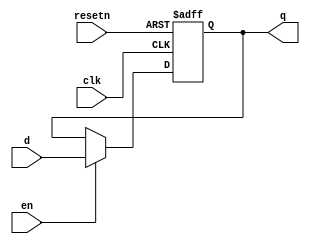
/****************************************************************************
          Generic Register
****************************************************************************/
module register(d,clk,resetn,en,q);
parameter WIDTH=32;

input clk;
input resetn;
input en;
input [WIDTH-1:0] d;
output [WIDTH-1:0] q;
reg [WIDTH-1:0] q;

always @(posedge clk or negedge resetn)		//asynchronous reset
begin
	if (resetn==0)
		q<=0;
	else if (en==1)
		q<=d;
end

endmodule

/****************************************************************************
          Generic Register - synchronous reset
****************************************************************************/
module register_sync(d,clk,resetn,en,q);
parameter WIDTH=32;

input clk;
input resetn;
input en;
input [WIDTH-1:0] d;
output [WIDTH-1:0] q;
reg [WIDTH-1:0] q;

always @(posedge clk)		//synchronous reset
begin
	if (resetn==0)
		q<=0;
	else if (en==1)
		q<=d;
end

endmodule

/****************************************************************************
          Generic Pipelined Register

          - Special component, components starting with "pipereg" have
          their enables treated independently of instructrions that use them.
          - They are enabled whenever the stage is active and not stalled
****************************************************************************/
module pipereg(d,clk,resetn,en,squashn,q);
parameter WIDTH=32;

input clk;
input resetn;
input en;
input squashn;
input [WIDTH-1:0] d;
output [WIDTH-1:0] q;
reg [WIDTH-1:0] q;

always @(posedge clk)   //synchronous reset
begin
  if (resetn==0 || squashn==0)
    q<=0;
  else if (en==1)
    q<=d;
end

endmodule

/****************************************************************************
          Generic Pipelined Register 2 -OLD: If not enabled, queues squash

          - This piperegister stalls the reset signal as well
module pipereg_full(d,clk,resetn,squashn,en,q);
parameter WIDTH=32;

input clk;
input resetn;
input en;
input squashn;
input [WIDTH-1:0] d;
output [WIDTH-1:0] q;
reg [WIDTH-1:0] q;
reg squash_save;

  always @(posedge clk)   //synchronous reset
  begin
    if (resetn==0 || (squashn==0 && en==1) || (squash_save&en))
      q<=0;
    else if (en==1)
      q<=d;
  end

  always @(posedge clk)
  begin
    if (resetn==1 && squashn==0 && en==0)
      squash_save<=1;
    else
      squash_save<=0;
  end
endmodule
****************************************************************************/

/****************************************************************************
          One cycle Stall circuit
****************************************************************************/
module onecyclestall(request,clk,resetn,stalled);
input request;
input clk;
input resetn;
output stalled;

  reg T,Tnext;

  // State machine for Stalling 1 cycle
  always@(request or T)
  begin
    case(T) 
      1'b0: Tnext=request;
      1'b1: Tnext=0;
    endcase 
  end       
  always@(posedge clk)
    if (~resetn)
      T<=0; 
    else    
      T<=Tnext;
  assign stalled=(request&~T);
endmodule

/****************************************************************************
          Multi cycle Stall circuit - with wait signal

          - One FF plus one 2:1 mux to stall 1st cycle on request, then wait
          - this makes wait don't care for the first cycle
****************************************************************************/
module multicyclestall(request, devwait,clk,resetn,stalled);
input request;
input devwait;
input clk;
input resetn;
output stalled;

  reg T;

  always@(posedge clk)
    if (~resetn)
      T<=0;
    else
      T<=stalled;

  assign stalled=(T) ? devwait : request;
endmodule
                
/****************************************************************************
          One cycle - Pipeline delay register
****************************************************************************/
module pipedelayreg(d,en,clk,resetn,squashn,dst,stalled,q);
parameter WIDTH=32;
input [WIDTH-1:0] d;
input [4:0] dst;
input en;
input clk;
input resetn;
input squashn;
output stalled;
output [WIDTH-1:0] q;

  reg [WIDTH-1:0] q;
  reg T,Tnext;

  // State machine for Stalling 1 cycle
  always@(en or T or dst)
  begin
    case(T) 
      0: Tnext=en&(|dst);
      1: Tnext=0;
    endcase 
  end       
  always@(posedge clk)
    if (~resetn)
      T<=0; 
    else    
      T<=Tnext;

  always @(posedge clk)   //synchronous reset
  begin
    if (resetn==0 || squashn==0)
      q<=0;
    else if (en==1)
      q<=d;
  end

  assign stalled=(en&~T&(|dst));
endmodule

/****************************************************************************
          Fake Delay
****************************************************************************/
module fakedelay(d,clk,q);
parameter WIDTH=32;
input [WIDTH-1:0] d;
input clk;
output [WIDTH-1:0] q;

assign q=d;

endmodule

/****************************************************************************
          Zeroer
****************************************************************************/
module zeroer(d,en,q);
parameter WIDTH=32;

input en;
input [WIDTH-1:0] d;
output [WIDTH-1:0] q;
assign q= (en) ? d : 0;

endmodule

/****************************************************************************
          NOP - used to hack position of multiplexors
****************************************************************************/
module nop(d,q);
parameter WIDTH=32;

input [WIDTH-1:0] d;
output [WIDTH-1:0] q;

  assign q=d;

endmodule

/****************************************************************************
          Const
****************************************************************************/
//Deepak : Changed const to constant to resolve compilation error
module constant (out);

parameter WIDTH=32;
parameter VAL=31;

output [WIDTH-1:0] out;

assign out=VAL;

endmodule

/****************************************************************************
          Branch detector
****************************************************************************/
module branch_detector(opcode, func, is_branch);
input [5:0] opcode;
input [5:0] func;
output is_branch;

wire is_special;

assign is_special=!(|opcode);
assign is_branch=((!(|opcode[5:3])) && !is_special) || 
                  ((is_special)&&(func[5:3]==3'b001));

endmodule